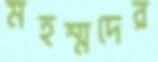
মহম্মদের